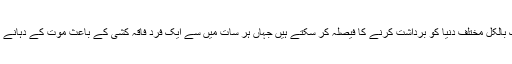
یا پھر ایک بالکل مختلف دنیا کو برداشت کرنے کا فیصلہ کر سکتے ہیں جہاں ہر سات میں سے ایک فرد فاقہ کشی کے باعث موت کے دہانے پر رہتا ہو۔